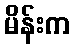
မိန်းက